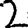
Digit: 2